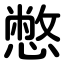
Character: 憋